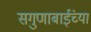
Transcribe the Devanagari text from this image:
सगुणाबाईंच्या